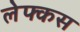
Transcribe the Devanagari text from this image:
लेफ्कस